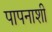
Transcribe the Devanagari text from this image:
पापनाशी